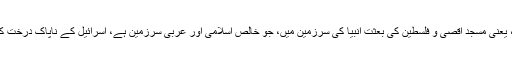
نیز اِسی پالیسی کے تحت اللہ پاک کی محبوب و مقدس اور مبارک سرزمین، یعنی مسجد اقصیٰ و فلسطین کی بعثتِ انبیا کی سرزمین میں، جو خالص اِسلامی اور عربی سرزمین ہے، اِسرائیل کے ناپاک درخت کی زور زبردستی سے اور مکمل ظالمانہ وغاصبانہ طور پر کاشت کی گئی۔